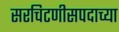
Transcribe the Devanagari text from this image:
सरचिटणीसपदाच्या